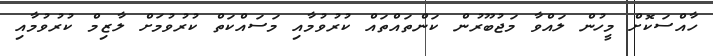
ހާއްސަކޮށް މީހުން ލައްވާ މަޖުބޫރުން ކަންތައްތައް ކުރުވުމާއި މަސައްކަތް ކުރުވުމަށް ލާޒިމް ކުރުވުމާއި